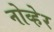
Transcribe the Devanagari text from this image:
नोव्हेर